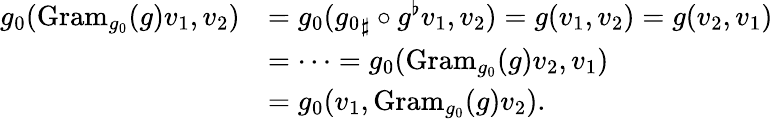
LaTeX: \begin{array}{rl}{g_{0}(\mathrm{Gram}_{g_{0}}(g)v_{1},v_{2})}&{=g_{0}({g_{0}}_{\sharp}\circ g^{\flat}v_{1},v_{2})=g(v_{1},v_{2})=g(v_{2},v_{1})}\\ &{=\dots=g_{0}(\mathrm{Gram}_{g_{0}}(g)v_{2},v_{1})}\\ &{=g_{0}(v_{1},\mathrm{Gram}_{g_{0}}(g)v_{2}).}\end{array}